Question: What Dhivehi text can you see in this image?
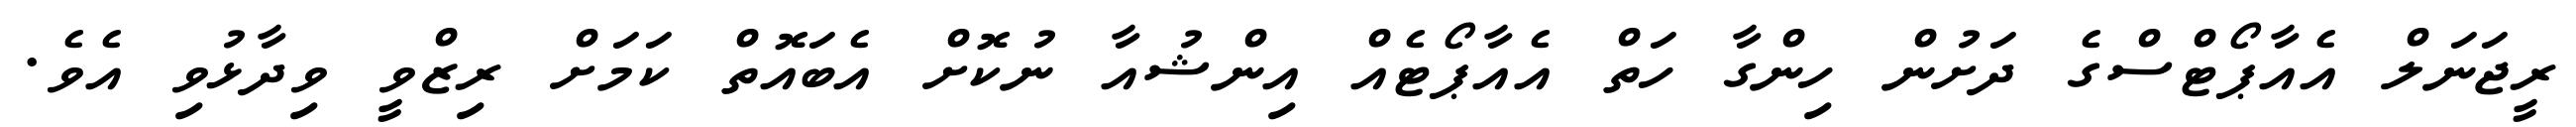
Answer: ރީޖަނަލް އެއާޕޯޓްސްގެ ދަށުން ހިންގާ ހަތް އެއާޕޯޓެއް އިންޝުއާ ނުކޮށް އެބައޮތް ކަމަށް ރިޒްވީ ވިދާޅުވި އެވެ.